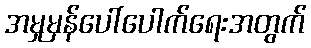
အမှုမှန်ပေါ်ပေါက်ရေးအတွက်